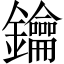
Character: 鑰